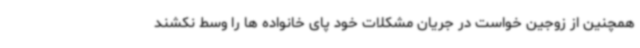
همچنین از زوجین خواست در جریان مشکلات خود پای خانواده ها را وسط نکشند